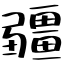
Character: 疆